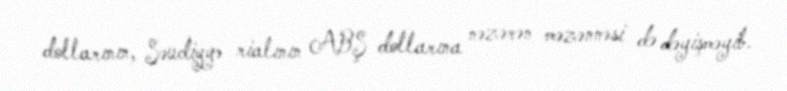
dollarının, Səudiyyə rialının ABŞ dollarına nəzərən məzənnəsi də dəyişməyib.